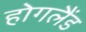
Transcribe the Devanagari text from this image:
होगलैंड